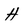
Character: H